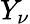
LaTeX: Y_{\nu}